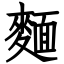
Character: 麵